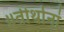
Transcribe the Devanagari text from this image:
॥तीर्थानां